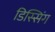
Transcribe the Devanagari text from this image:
डिस्सिंग